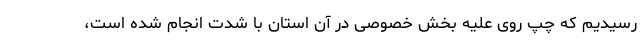
رسیدیم که چپ روی علیه بخش خصوصی در آن استان با شدت انجام شده است،